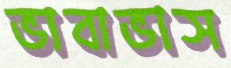
ভাবাভাস